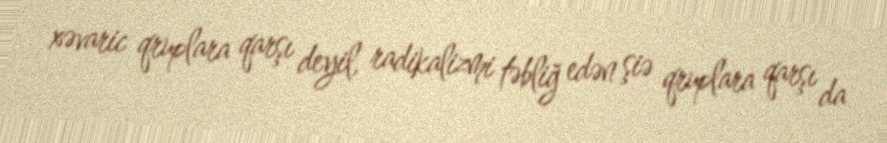
xəvaric qruplara qarşı deyil, radikalizmi təbliğ edən şiə qruplara qarşı da